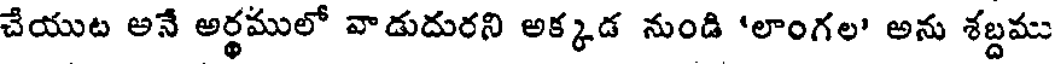
చేయుట అనే అర్థములో వాడుదురని అక్కడ నుండి 'లాంగల' అను శబ్దము